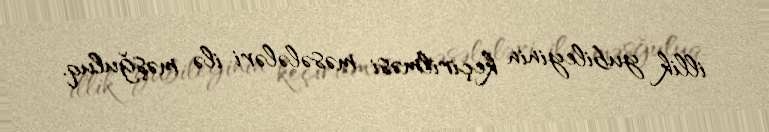
illik yubileyinin keçirilməsi məsələləri ilə məşğuluq.